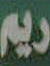
ريم